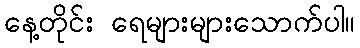
နေ့တိုင်း ရေများများသောက်ပါ။